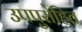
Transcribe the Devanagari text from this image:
उपपुरोहित